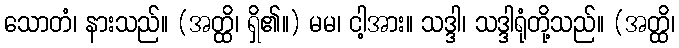
သောတံ၊ နားသည်။ (အတ္ထိ၊ ရှိ၏။) မမ၊ ငါ့အား။ သဒ္ဒါ၊ သဒ္ဒါရုံတို့သည်။ (အတ္ထိ၊